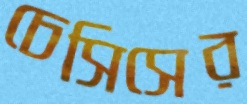
চেসিসের